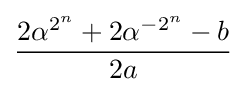
{\frac {2\alpha ^{2^{n}}+2\alpha ^{-2^{n}}-b}{2a}}